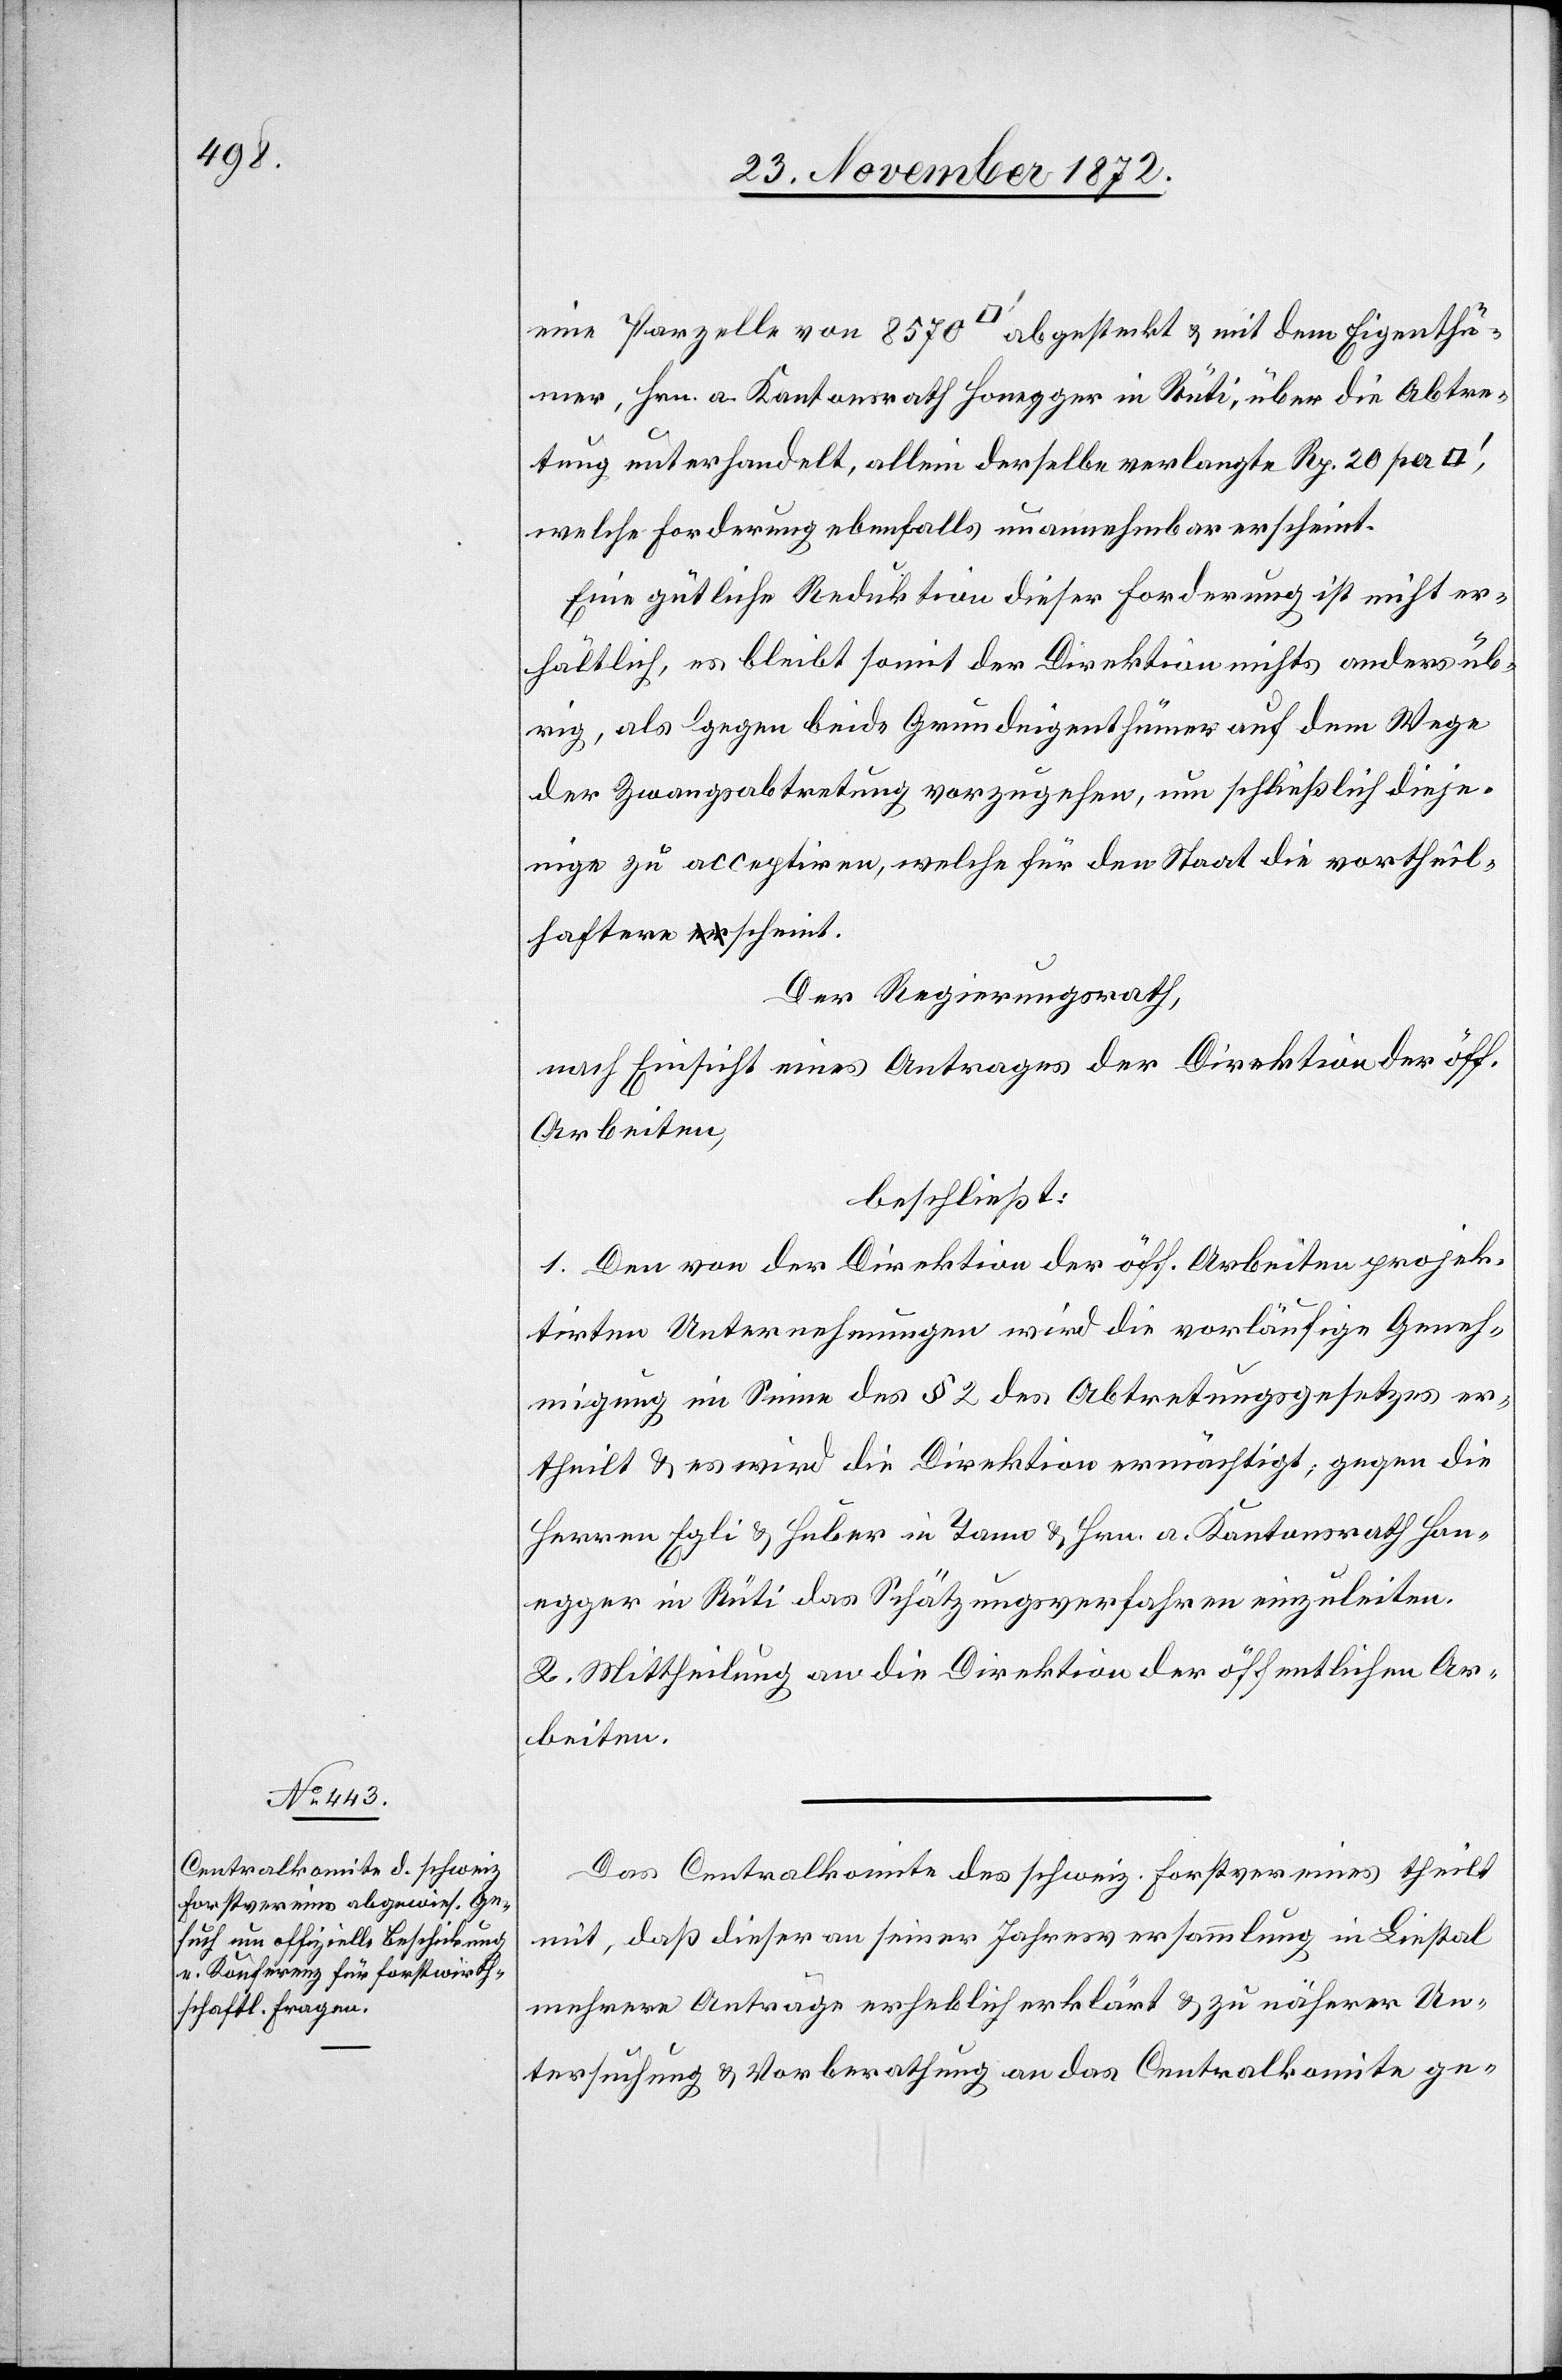
eine Parzelle von 8570 [Quadratfuss] abgesteckt u. mit dem Eigenthü¬
mer, Hrn. a. Kantonsrath Honegger in Rüti, über die Abtre¬
tung unterhandelt, allein derselbe verlangte Rp. 20 per
welche Forderung ebenfalls unannehmbar erscheint.
Eine gütliche Reduktion dieser Forderung ist nicht er¬
hätlich, es bleibt somit der Direktion nichts anders üb¬
rig, als gegen beide Grundeigenthümer auf dem Wege
der Zwangsabtretung vorzugehen, um schließlich dieje¬
nige zu acceptiren, welche für den Staat die vortheil¬
haftere scheint.
Der Regierungsrath,
nach Einsicht eines Antrages der Direktion der öff.
Arbeiten,
beschließt:
1. Den von der Direktion der öff. Arbeiten projek¬
tirten Unternehmungen wird die vorläufige Geneh¬
migung im Sinne des § 2 des Abtretungsgesetzes er¬
theilt u. es wird die Direktion ermächtigt, gegen die
Herren Egli u. Huber in Tann u. Hrn. a. Kantonsrath Hon¬
egger in Rüti das Schätzungsverfahren einzuleiten.
2. Mittheilung an die Direktion der öffentlichen Ar¬
beiten.
Das Centralkomite des schweiz. Forstvereines theilt
mit, daß dieser an seiner Jahresversammlung in Liestal
mehrere Anträge erheblich erklärt u. zu näherer Un¬
tersuchung u. Vorberathung an das Centralkomite ge-